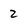
Character: 2